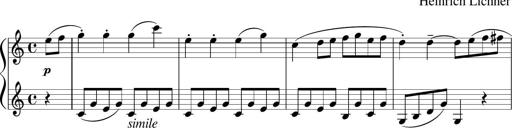
Title: 3 Sonatinen
Composer: Heinrich Lichner